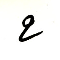
2